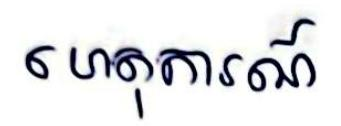
ហេតុការណ៍